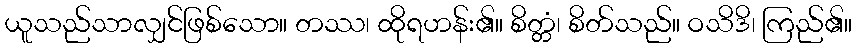
ယူသည်သာလျှင်ဖြစ်သော။ တဿ၊ ထိုရဟန်း၏။ စိတ္တံ၊ စိတ်သည်။ ဝသိဒိ၊ ကြည်၏။